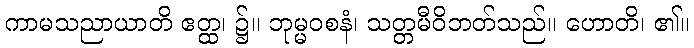
ကာမသညာယာတိ ဧတ္ထ၊ ၌။ ဘုမ္မဝစနံ၊ သတ္တမီဝိဘတ်သည်။ ဟောတိ၊ ၏။